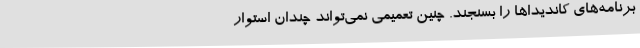
برنامه‌های کاندیداها را بسنجند. چنین تعمیمی نمی‌تواند چندان استوار